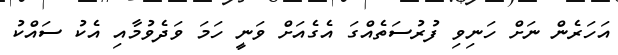
އަހަރެން ނަށް ހަނިވި ފުރުސަތެއްގަ އެގެއަށް ވަނީ ހަމަ ވަދެވުމާއި އެކު ސައްކު